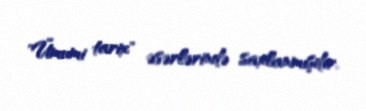
"Ümumi tarix" əsərlərində saxlanmışdır.